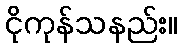
ငိုကုန်သနည်း။